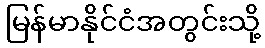
မြန်မာနိုင်ငံအတွင်းသို့